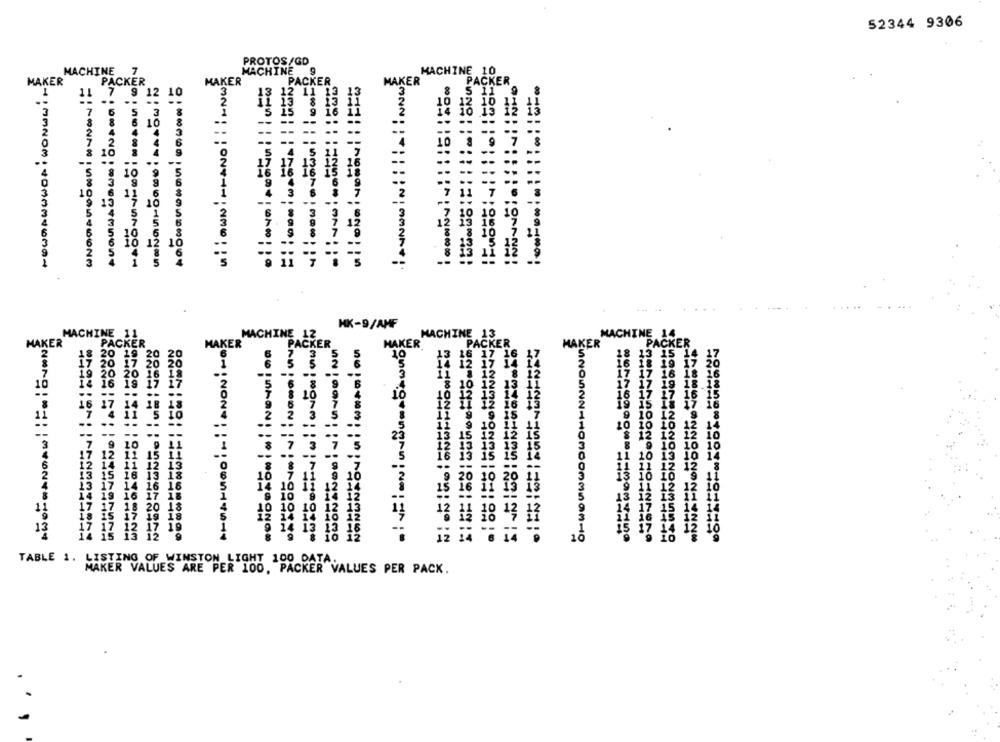
52344 9306
PROTOS/GD
MACHINE
7
MilowNi -- ANoi ! i-NWE
MACHINE
MACHINE 10
MAKER
PACKER
MAKER
PACKER
MAKER
PACKER
11
7 9 1
12 11 13
5 11 9
13
10
6
14
11
*==: : : : : : " ; ====;
.
..
HK-9/A
ACHINE 11
MACHINE 13
MACHINE 1
MACHINE 12
PACKER
MAKER
AÑOFRANDASH ;FoiOVON
PACKER
MAKER
PACKER
MAKER
MAKER
PACKER
2
7 3
16 17 16
13 15 14 17
17 20
20
12
17 14
18 19 17 20
17 16
19 20
18 16
10
14 16
17 19
18 18
17 16
10
10 12
12
12
10
13
28888:5 *: 18X8684444
13
ON;NON *: "1000-10-14
CANLOWON ;: #000720
10
UNOANN-HOMOOnanon-10
VON-NON
Onmegrongon No: = > :-
TABLE 1. LISTING OF WINSTON LIGHT 100 DATA.
' MAKER VALUES ARE PER 100, PACKER VALUES PER PACK.